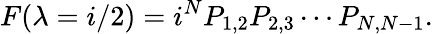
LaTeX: F(\lambda=i/2)=i^{N}P_{1,2}P_{2,3}\cdots P_{N,N-1}.